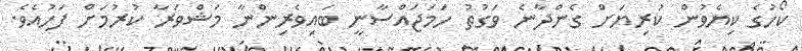
ކޯހުގެ ކިޔެވުން ކުރިޔަށް ގެންދާނެ ވަގުތު ހަމަޖައްސާނީ ބައިވެރިންނާ މަޝްވަރާ ކުރުމަށް ފަހުއެވެ.